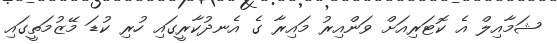
ޝަމާއިލް އެ ކޮޓަރިއަށް ވަންއިރު މައިރާ ގެ އެނދުކާރީގައި ހުރި ކުޑަ މޭޒުމަތީގައި